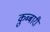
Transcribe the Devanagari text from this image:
क़ुब्बारी